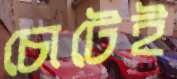
চোটেই